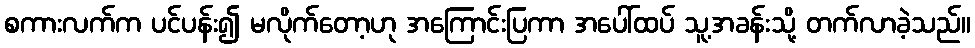
စကားလက်က ပင်ပန်း၍ မလိုက်တော့ဟု အကြောင်းပြကာ အပေါ်ထပ် သူ့အခန်းသို့ တက်လာခဲ့သည်။